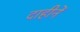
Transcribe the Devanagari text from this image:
दाहीनें